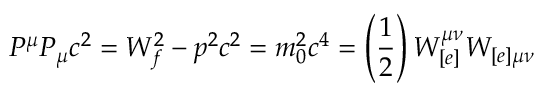
P ^ { \mu } P _ { \mu } c ^ { 2 } = W _ { f } ^ { 2 } - p ^ { 2 } c ^ { 2 } = m _ { 0 } ^ { 2 } c ^ { 4 } = \left( \frac { 1 } { 2 } \right) W _ { [ e ] } ^ { \mu \nu } W _ { [ e ] \mu \nu }